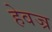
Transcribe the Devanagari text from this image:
हेवज्र